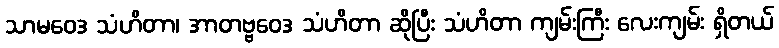
သာမဝေဒ သံဟိတာ၊ အာတဗ္ဗဝေဒ သံဟိတာ ဆိုပြီး သံဟိတာ ကျမ်းကြီး လေးကျမ်း ရှိတယ်